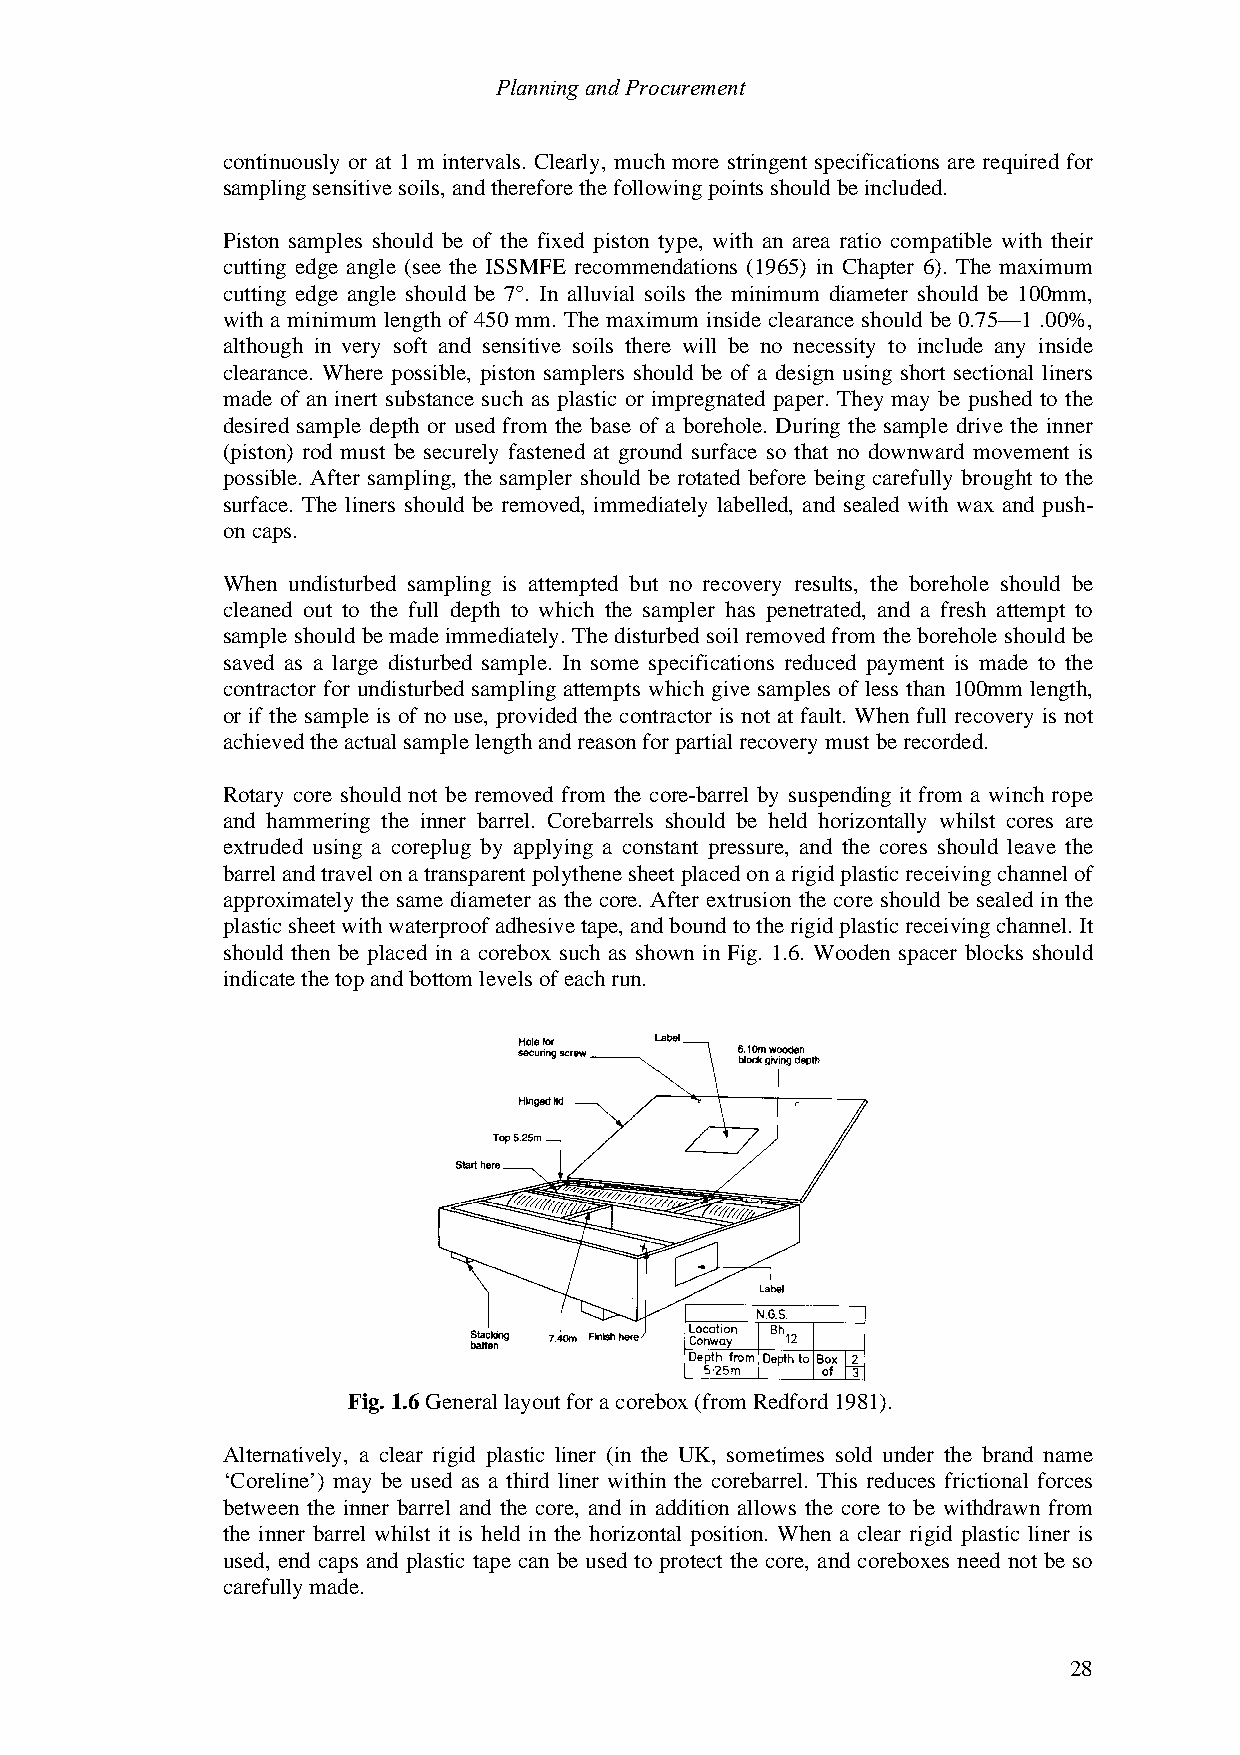
Planning and Procurement
 continuously or at 1 m intervals. Clearly, much more stringent specifications are required for
 sampling sensitive soils, and therefore the following points should be included.
 Piston samples should be of the fixed piston type, with an area ratio compatible with their
 cutting edge angle (see the ISSMFE recommendations (1965) in Chapter 6). The maximum
 cutting edge angle should be 7°. In alluvial soils the minimum diameter should be 100mm,
 with a minimum length of 450 mm. The maximum inside clearance should be 0.75—1 .00%,
 although in very soft and sensitive soils there will be no necessity to include any inside
 clearance. Where possible, piston samplers should be of a design using short sectional liners
 made of an inert substance such as plastic or impregnated paper. They may be pushed to the
 desired sample depth or used from the base of a borehole. During the sample drive the inner
 (piston) rod must be securely fastened at ground surface so that no downward movement is
 possible. After sampling, the sampler should be rotated before being carefully brought to the
 surface. The liners should be removed, immediately labelled, and sealed with wax and push-
 on caps.
 When undisturbed sampling is attempted but no recovery results, the borehole should be
 cleaned out to the full depth to which the sampler has penetrated, and a fresh attempt to
 sample should be made immediately. The disturbed soil removed from the borehole should be
 saved as a large disturbed sample. In some specifications reduced payment is made to the
 contractor for undisturbed sampling attempts which give samples of less than 100mm length,
 or if the sample is of no use, provided the contractor is not at fault. When full recovery is not
 achieved the actual sample length and reason for partial recovery must be recorded.
 Rotary core should not be removed from the core-barrel by suspending it from a winch rope
 and hammering the inner barrel. Corebarrels should be held horizontally whilst cores are
 extruded using a coreplug by applying a constant pressure, and the cores should leave the
 barrel and travel on a transparent polythene sheet placed on a rigid plastic receiving channel of
 approximately the same diameter as the core. After extrusion the core should be sealed in the
 plastic sheet with waterproof adhesive tape, and bound to the rigid plastic receiving channel. It
 should then be placed in a corebox such as shown in Fig. 1.6. Wooden spacer blocks should
 indicate the top and bottom levels of each run.
 Fig. 1.6 General layout for a corebox (from Redford 1981).
 Alternatively, a clear rigid plastic liner (in the UK, sometimes sold under the brand name
 ‘Coreline’) may be used as a third liner within the corebarrel. This reduces frictional forces
 between the inner barrel and the core, and in addition allows the core to be withdrawn from
 the inner barrel whilst it is held in the horizontal position. When a clear rigid plastic liner is
 used, end caps and plastic tape can be used to protect the core, and coreboxes need not be so
 carefully made.
 28